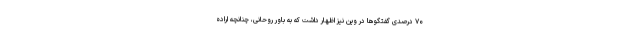
۷۰ درصدی گفتگوها در وین نیز اظهار داشت که به باور روحانی، چنانچه اراده